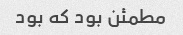
مطمئن بود که بود